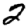
Digit: 2